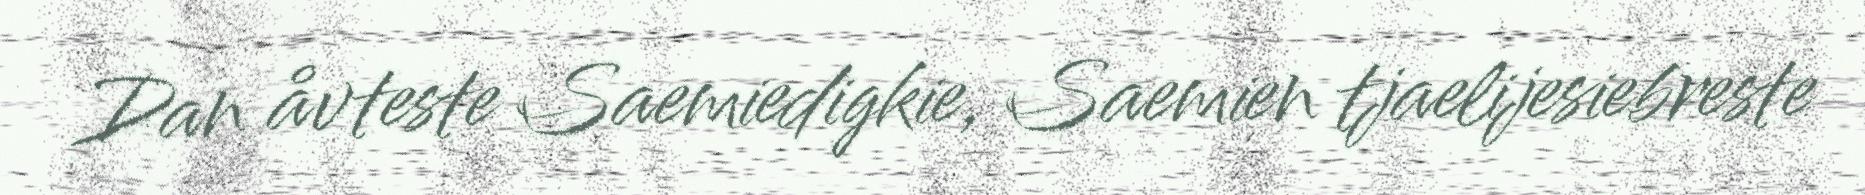
Dan åvteste Saemiedigkie, Saemien tjaelijesiebreste